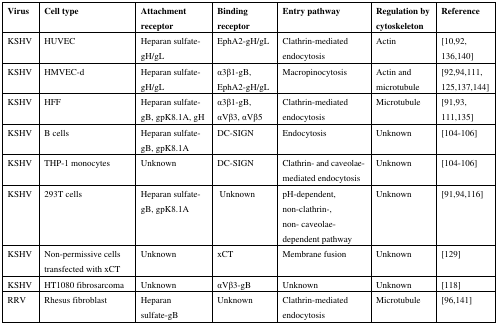
<table><thead><tr><td><b>Virus</b></td><td><b>Cell type</b></td><td><b>Attachment receptor</b></td><td><b>Binding receptor</b></td><td><b>Entry pathway</b></td><td><b>Regulation by cytoskeleton</b></td><td><b>Reference</b></td></tr></thead><tbody><tr><td>KSHV</td><td>HUVEC</td><td>Heparan sulfate-gH/gL</td><td>EphA2-gH/gL</td><td>Clathrin-mediated endocytosis</td><td>Actin</td><td>[10,92,136,140]</td></tr><tr><td>KSHV</td><td>HMVEC-d</td><td>Heparan sulfate-gH/gL</td><td>α3β1-gB, EphA2-gH/gL</td><td>Macropinocytosis</td><td>Actin and microtubule</td><td>[92,94,111,125,137,144]</td></tr><tr><td>KSHV</td><td>HFF</td><td>Heparan sulfate-gB, gpK8.1A, gH</td><td>α3β1-gB, αVβ3, αVβ5</td><td>Clathrin-mediated endocytosis</td><td>Microtubule</td><td>[91,93,111,135]</td></tr><tr><td>KSHV</td><td>B cells</td><td>Heparan sulfate-gB, gpK8.1A</td><td>DC-SIGN</td><td>Endocytosis</td><td>Unknown</td><td>[104,105,106]</td></tr><tr><td>KSHV</td><td>THP-1 monocytes</td><td>Unknown</td><td>DC-SIGN</td><td>Clathrin- and caveolae-mediated endocytosis</td><td>Unknown</td><td>[104,105,106]</td></tr><tr><td>KSHV</td><td>293T cells</td><td>Heparan sulfate-gB, gpK8.1A</td><td>Unknown</td><td>pH-dependent, non-clathrin-, non- caveolae-dependent pathway</td><td>Unknown</td><td>[91,94,116]</td></tr><tr><td>KSHV</td><td>Non-permissive cells transfected with xCT</td><td>Unknown</td><td>xCT</td><td>Membrane fusion</td><td>Unknown</td><td>[129]</td></tr><tr><td>KSHV</td><td>HT1080 fibrosarcoma</td><td>Unknown</td><td>αVβ3-gB</td><td>Unknown</td><td>Unknown</td><td>[118]</td></tr><tr><td>RRV</td><td>Rhesus fibroblast</td><td>Heparan sulfate-gB</td><td>Unknown</td><td>Clathrin-mediated endocytosis</td><td>Microtubule</td><td>[96,141]</td></tr></tbody></table>